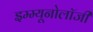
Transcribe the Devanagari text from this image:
इम्म्यूनोलॉजी